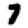
Digit: 7